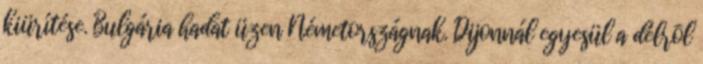
kiürítése. Bulgária hadat üzen Németországnak. Dijonnál egyesül a délrõl